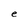
Character: e